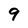
Character: 9